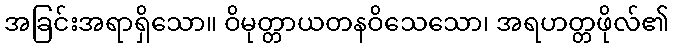
အခြင်းအရာရှိသော။ ဝိမုတ္တာယတနဝိသေသော၊ အရဟတ္တဖိုလ်၏